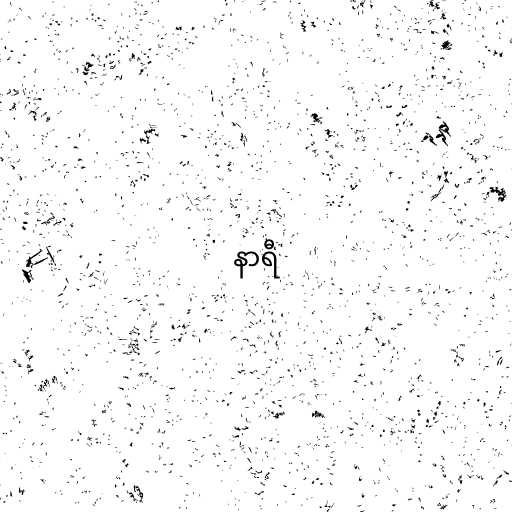
နာရီ